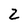
Character: 2